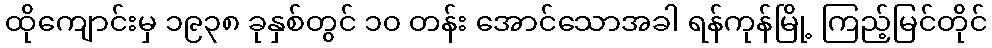
ထိုကျောင်းမှ ၁၉၃၈ ခုနှစ်တွင် ၁၀ တန်း အောင်သောအခါ ရန်ကုန်မြို့ ကြည့်မြင်တိုင်